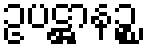
ဥပဋ္ဌာနဉ္စ